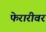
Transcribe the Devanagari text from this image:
फेरारीवर